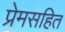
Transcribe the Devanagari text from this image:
प्रेमसहित